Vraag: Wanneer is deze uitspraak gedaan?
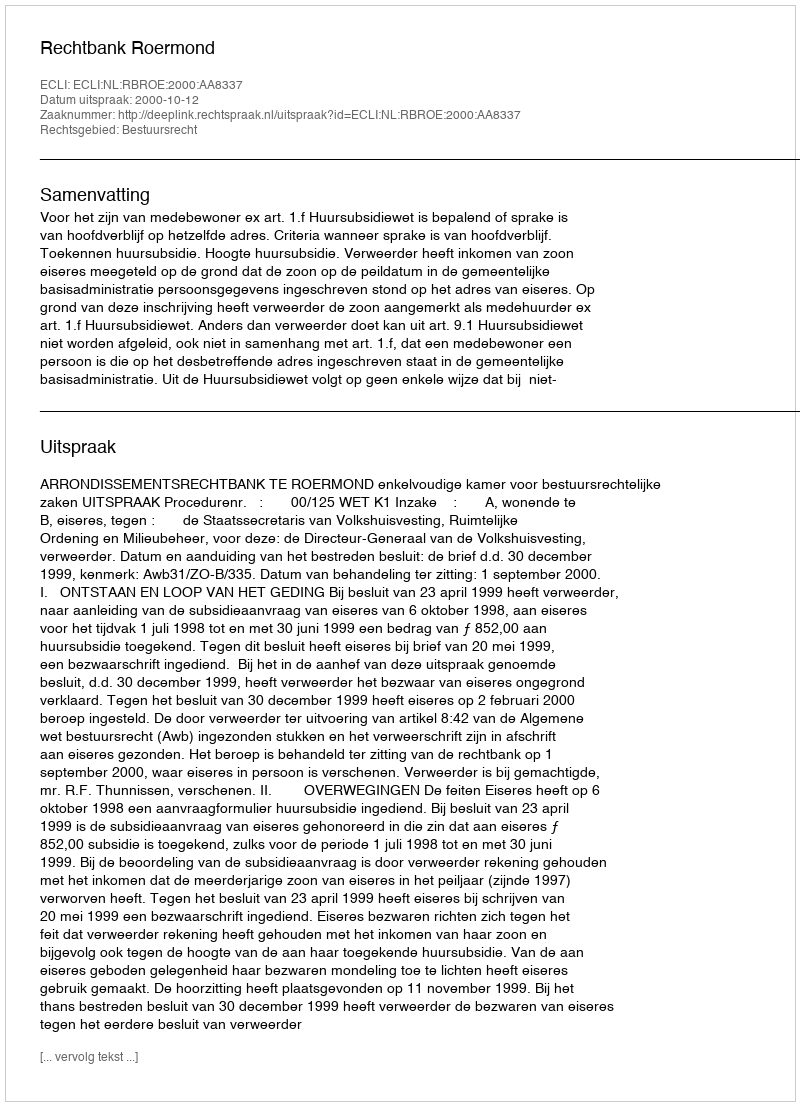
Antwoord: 2000-10-12